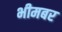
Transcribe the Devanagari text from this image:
भीमबर